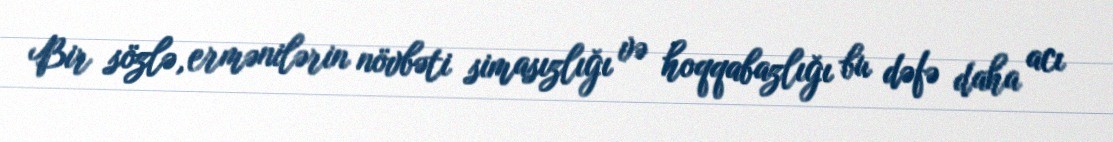
Bir sözlə, ermənilərin növbəti simasızlığı və hoqqabazlığı bu dəfə daha acı